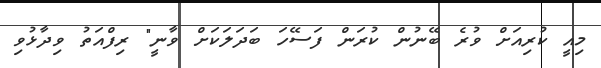
މިއީ ކުރިއަށް ވުރެ ބޭނުން ކުރަން ފަސޭހަ ބަދަލަކަށް ވާނީ" ރިފްއަތު ވިދާޅުވި